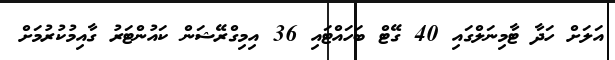
އަލަށް ހަދާ ޓާމިނަލްގައި 40 ގޭޓް ބަހައްޓައި 36 އިމިގްރޭޝަން ކައުންޓަރު ގާއިމުކުރުމަށް